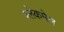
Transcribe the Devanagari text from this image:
ब्लेकमेल